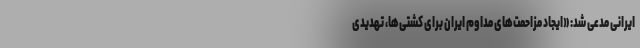
ایرانی مدعی شد: «ایجاد مزاحمت‌های مداوم ایران برای کشتی‌ها، تهدیدی